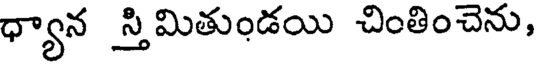
ధ్యాన స్తి మితుండయి చింతించెను,